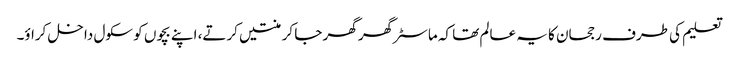
تعلیم کی طرف رجحان کا یہ عالم تھا کہ ماسٹر گھر گھر جا کر منتیں کرتے، اپنے بچوں کو سکول داخل کراؤ۔